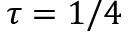
\tau = 1 / 4